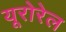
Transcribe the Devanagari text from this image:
यूरोरेल